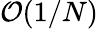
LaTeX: \mathcal{O}(1/N)